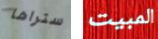
ستراها المبيت